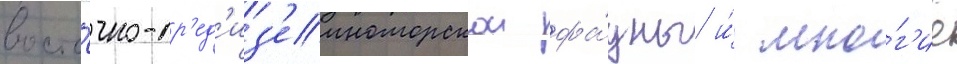
восто́чно-ср'ед'из'емноморскои фа́уны и́ мно́г'ие